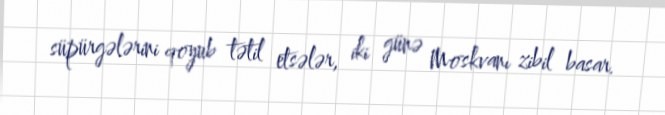
süpürgələrini qoyub tətil etsələr, iki günə Moskvanı zibil basar.